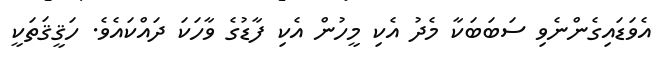
އެވަޑައިގެންނެވި ސަބަބަކާ މެދު އެކި މީހުން އެކި ފާޑުގެ ވާހަކަ ދައްކައެވެ. ހަޤީޤަތަކީ